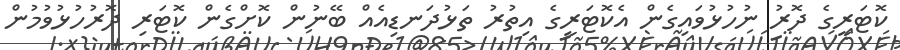
ކޮޓަރީގެ ދޮރު ނުހުޅުވައިގެން އެކޮޓަރީގެ އިތުރު ތަޅުދަނޑިއެއް ބޭނުން ކޮށްގެން ކޮޓަރި ދޮރުހުޅުވުމުން